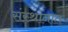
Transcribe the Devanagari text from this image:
संस्थांनात